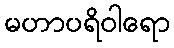
မဟာပရိဝါရော